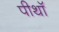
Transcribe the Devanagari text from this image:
पीथॉ